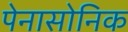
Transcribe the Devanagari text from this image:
पेनासोनिक